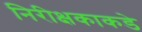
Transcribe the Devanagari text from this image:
निरीक्षकाकडे